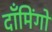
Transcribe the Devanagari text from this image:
दाँमिंगो